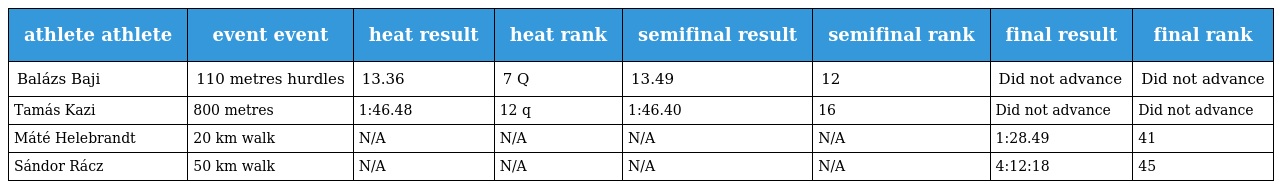
| athlete athlete | event event | heat result | heat rank | semifinal result | semifinal rank | final result | final rank |
 | --- | --- | --- | --- | --- | --- | --- | --- |
 | Balázs Baji | 110 metres hurdles | 13.36 | 7 Q | 13.49 | 12 | Did not advance | Did not advance |
 | Tamás Kazi | 800 metres | 1:46.48 | 12 q | 1:46.40 | 16 | Did not advance | Did not advance |
 | Máté Helebrandt | 20 km walk | N/A | N/A | N/A | N/A | 1:28.49 | 41 |
 | Sándor Rácz | 50 km walk | N/A | N/A | N/A | N/A | 4:12:18 | 45 |